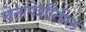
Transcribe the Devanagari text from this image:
चेतापेशींतील